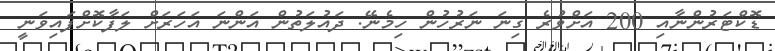
ޑޮކްޓަރުންނާއި 200 އަށްވުރެ ގިނަ ނަރުހުން ހިމެނޭ. ދައުލަތުން އަންނަ އަހަރަށް ލަފާކޮށްފައިވަނީ